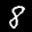
Label: 8